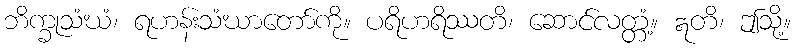
ဘိက္ခုသံဃံ၊ ရဟန်းသံဃာတော်ကို။ ပရိဟရိဿတိ၊ ဆောင်လတ္တံ့။ ဣတိ၊ ဤသို့။